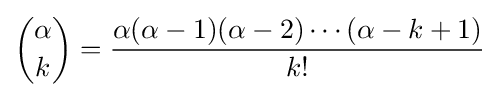
{\binom {\alpha }{k}}={\frac {\alpha (\alpha -1)(\alpha -2)\cdots (\alpha -k+1)}{k!}}